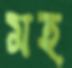
মহ